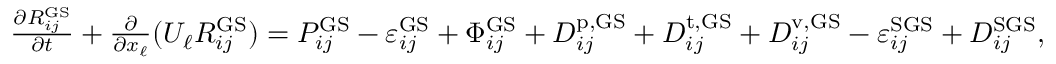
\begin{array} { r } { \frac { \partial R _ { i j } ^ { \mathrm { G S } } } { \partial t } + \frac { \partial } { \partial x _ { \ell } } ( U _ { \ell } R _ { i j } ^ { \mathrm { G S } } ) = P _ { i j } ^ { \mathrm { G S } } - \varepsilon _ { i j } ^ { \mathrm { G S } } + \Phi _ { i j } ^ { \mathrm { G S } } + D _ { i j } ^ { \mathrm { p , G S } } + D _ { i j } ^ { \mathrm { t , G S } } + D _ { i j } ^ { \mathrm { v , G S } } - \varepsilon _ { i j } ^ { \mathrm { S G S } } + D _ { i j } ^ { \mathrm { S G S } } , } \end{array}